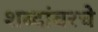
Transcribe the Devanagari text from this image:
शब्दांवरचे